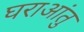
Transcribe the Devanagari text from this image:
घराआंतु